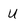
Character: U